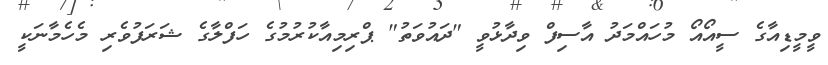
ވީމީޑިއާގެ ސީއޯއޯ މުހައްމަދު އާސިފް ވިދާޅުވީ "ދައުވަތު" ޕްރިމިއާކުރުމުގެ ހަފްލާގެ ޝަރަފުވެރި މެހެމާނަކީ